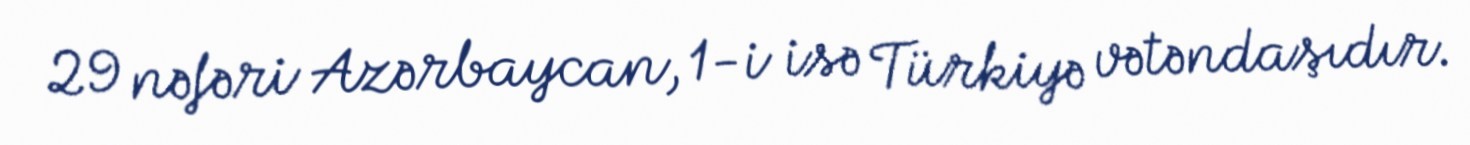
29 nəfəri Azərbaycan, 1-i isə Türkiyə vətəndaşıdır.